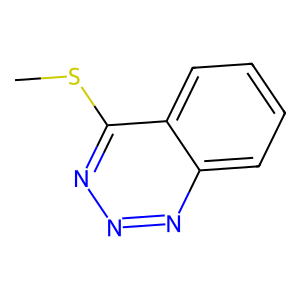
SMILES: CSc1nnnc2ccccc12
Inhibits HIV replication: No